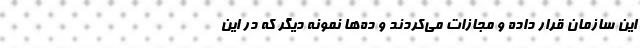
این سازمان قرار ‌داده و مجازات می‌کردند و ده‌ها نمونه دیگر که در این